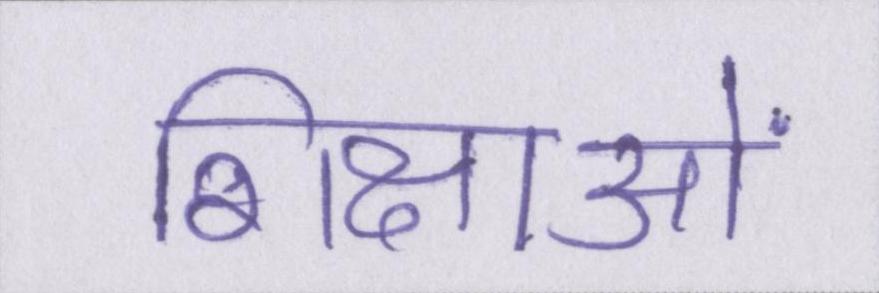
शिक्षाओं